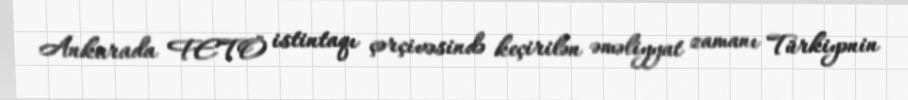
Ankarada FETÖ istintaqı çərçivəsində keçirilən əməliyyat zamanı Türkiyənin